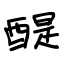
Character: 醍